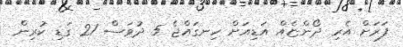
ފަރަށް އެރި ދޯންޏެއް އަޑިއަށް ހިނގައްޖެ 5 ދުވަސް 21 ގަޑި ކުރިން